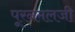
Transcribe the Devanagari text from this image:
पूरनमलजी